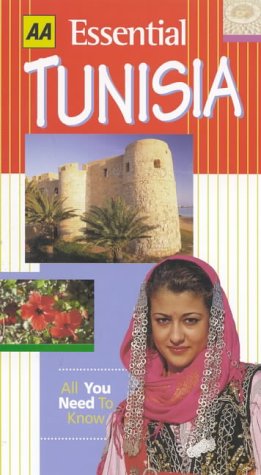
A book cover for Essential Tunisia (AA Essential); Michael Tomkinson; Travel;